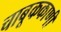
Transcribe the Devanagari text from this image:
चाबूककाणी